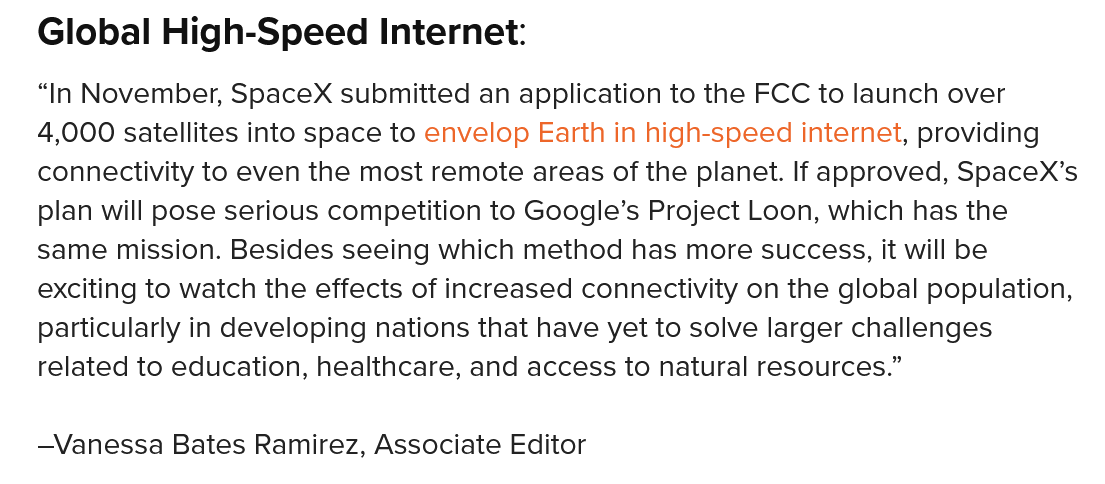
Global   High-Speed    Internet:
   “In November, SpaceX submitted an application to the FCC to launch over
   4,000 satellites into space to envelop Earth in high-speed internet, providing
   connectivity to even the most remote areas of the planet. If approved, SpaceX’s
   plan will pose serious competition to Google’s Project Loon, which has the
   same mission. Besides seeing which method has more success, it will be
   exciting to watch the effects of increased connectivity on the global population,
   particularly in developing nations that have yet to solve larger challenges
   related to education, healthcare, and access to natural resources.”
   —Vanessa Bates Ramirez, Associate Editor